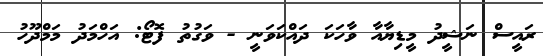
ރައީސް ނަޝީދު މީޑިޔާއާ ވާހަކަ ދައްކަވަނީ - ވަގުތު ފޮޓޯ: އަހްމަދު މަމްދޫހު